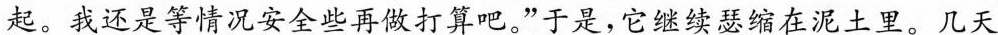
起。我还是等情况安全些再做打算吧。”于是，它继续瑟缩在泥土里。几天